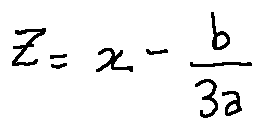
z = x - \frac { b } { 3 a }